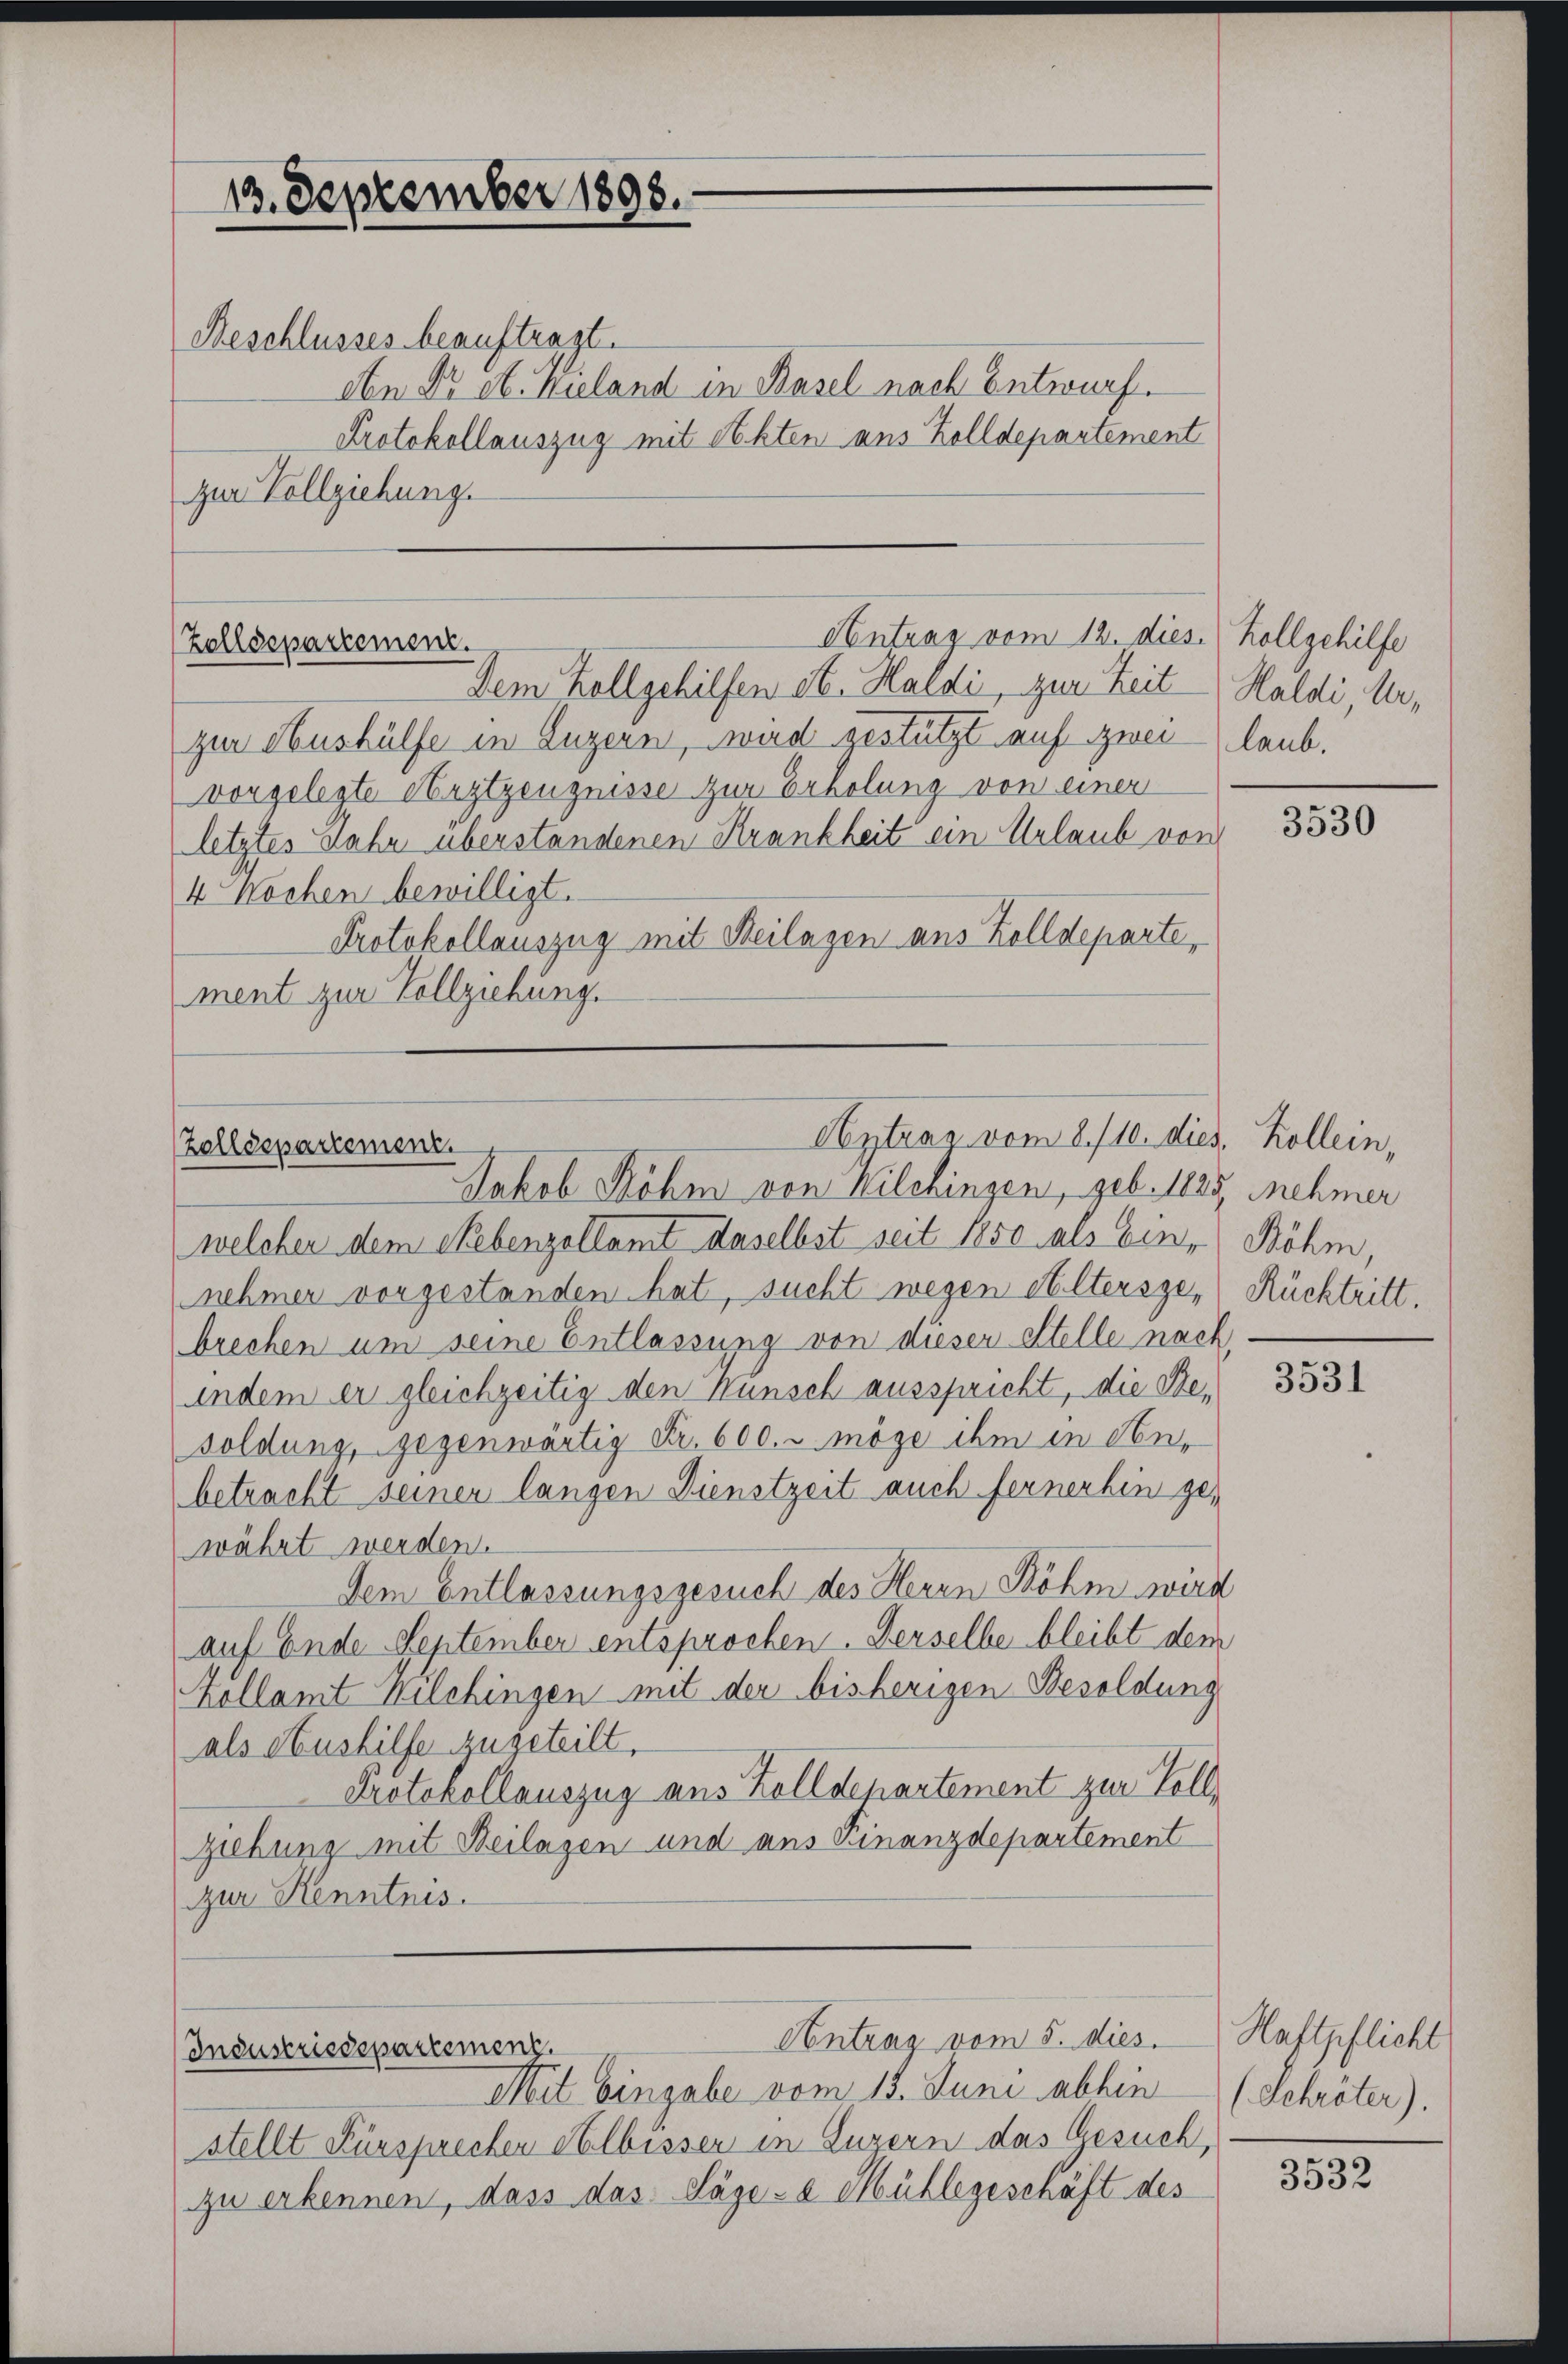
13. September 1898.
Beschlusses beauftragt.
zur Vollziehung.

Antrag vom 12. dies. Kollgehilfe
Zolldepartement.
Dem Zellgehilfen et. Haldi, zur Zeit

Veytrag vom 8./10. dies, Kollein,
Zolldepartement.
Jakob Böhm von Milchingen, geb. 1825, nehmer

Industriedepartement.

Abn Dr St. Wieland in Basel nach Entwurf.
Protokollauszug mit Akten aus Zolldepartement

zur Aushülfe in Luzern, wird gestützt auf zwei laub.
vorgelegte Arztzeugnisse zur Erholung von einer
letztes Jahr überstandenen Krankheit ein Urlaub von
4 Wochen bewilligt.
Protokollauszug mit Beilagen aus Zolldeparte,
ment zur Vollziehung.

Contrag vom 5. dies

Mit Eingabe vom 13. Juni abhin
stellt Fürsprechen Albissen in Luzern das Gesuch,
zu erkennen, dass das Säge-e Mühlegeschäft des

Haldi, Ur¬

welcher dem Nebenzollamt daselbst seit 1850 als bene Böhm,
nehmer vorgestanden hat, sucht wegen Eltersge- Rücktritt.
brechen um seine Entlassung von dieser Stelle nach
indem er gleichzeitig den Wunsch ausspricht, die Besoldung, gegenwärtig Fr. 600. u möge ihm in Anbetracht seiner langen Dienstzeit auch fernerhin gewährt werden.
Dem Entlassungsgesuch des Herrn Röhm wird
auf Ende September entsprochen. Derselbe bleibt dem
Kollamt Wilchingen mit der bisherigen Besoldung
als Aushilfe zugeteilt.
Protokollauszug aus Zolldepartement zur Vollziehung mit Beilagen und aus Finanzdepartement
zur Kenntnis.

3530

3531

Haftpflicht
(Schröter).

3532